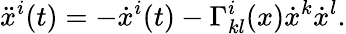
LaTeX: \ddot{x}^{i}(t)=-\dot{x}^{i}(t)-\Gamma_{kl}^{i}(x)\dot{x}^{k}\dot{x}^{l}.